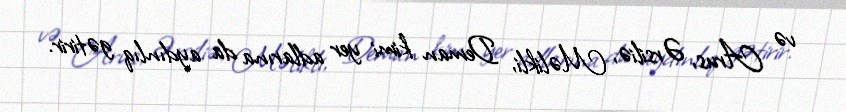
və Arus, Ərsiliə, Məlikli, Deman kimi yer adlarına da aydınlıq gətirir.